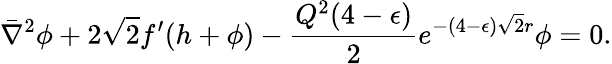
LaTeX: \bar{\nabla}^{2}\phi+2\sqrt 2f^{\prime}(h+\phi)-{\frac{Q^{2}(4-\epsilon)}{2}}e^{-(4-\epsilon)\sqrt 2r}\phi=0.